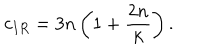
LaTeX: c _ { I R } = 3 n \left( 1 + \frac { 2 n } { k } \right) .